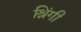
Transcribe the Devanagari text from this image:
श्रिंगी